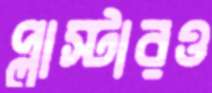
প্লাস্টারও